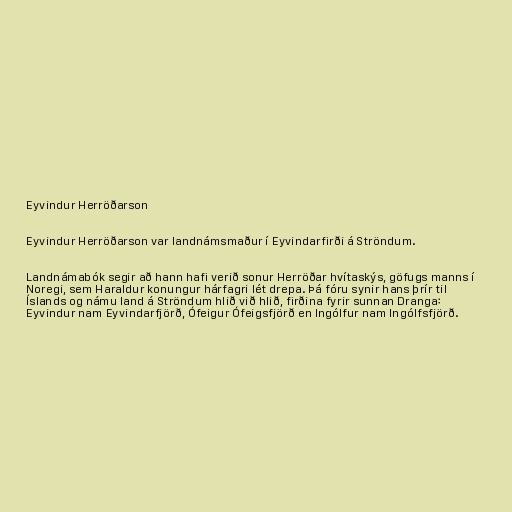
Eyvindur Herröðarson

Eyvindur Herröðarson var landnámsmaður í Eyvindarfirði á Ströndum.

Landnámabók segir að hann hafi verið sonur Herröðar hvítaskýs, göfugs manns í
Noregi, sem Haraldur konungur hárfagri lét drepa. Þá fóru synir hans þrír til
Íslands og námu land á Ströndum hlið við hlið, firðina fyrir sunnan Dranga:
Eyvindur nam Eyvindarfjörð, Ófeigur Ófeigsfjörð en Ingólfur nam Ingólfsfjörð.